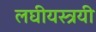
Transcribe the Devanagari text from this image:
लघीयस्त्रयी